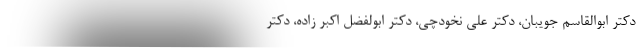
دکتر ابوالقاسم جویبان، دکتر علی نخودچی، دکتر ابولفضل اکبر زاده، دکتر